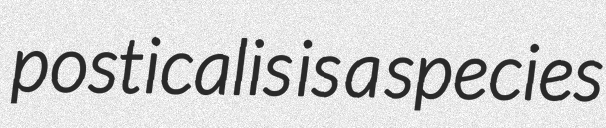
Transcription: posticalis is a species